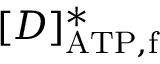
[ D ] _ { \mathrm { A T P , f } } ^ { \ast }